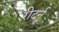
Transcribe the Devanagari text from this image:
रीटर्न्